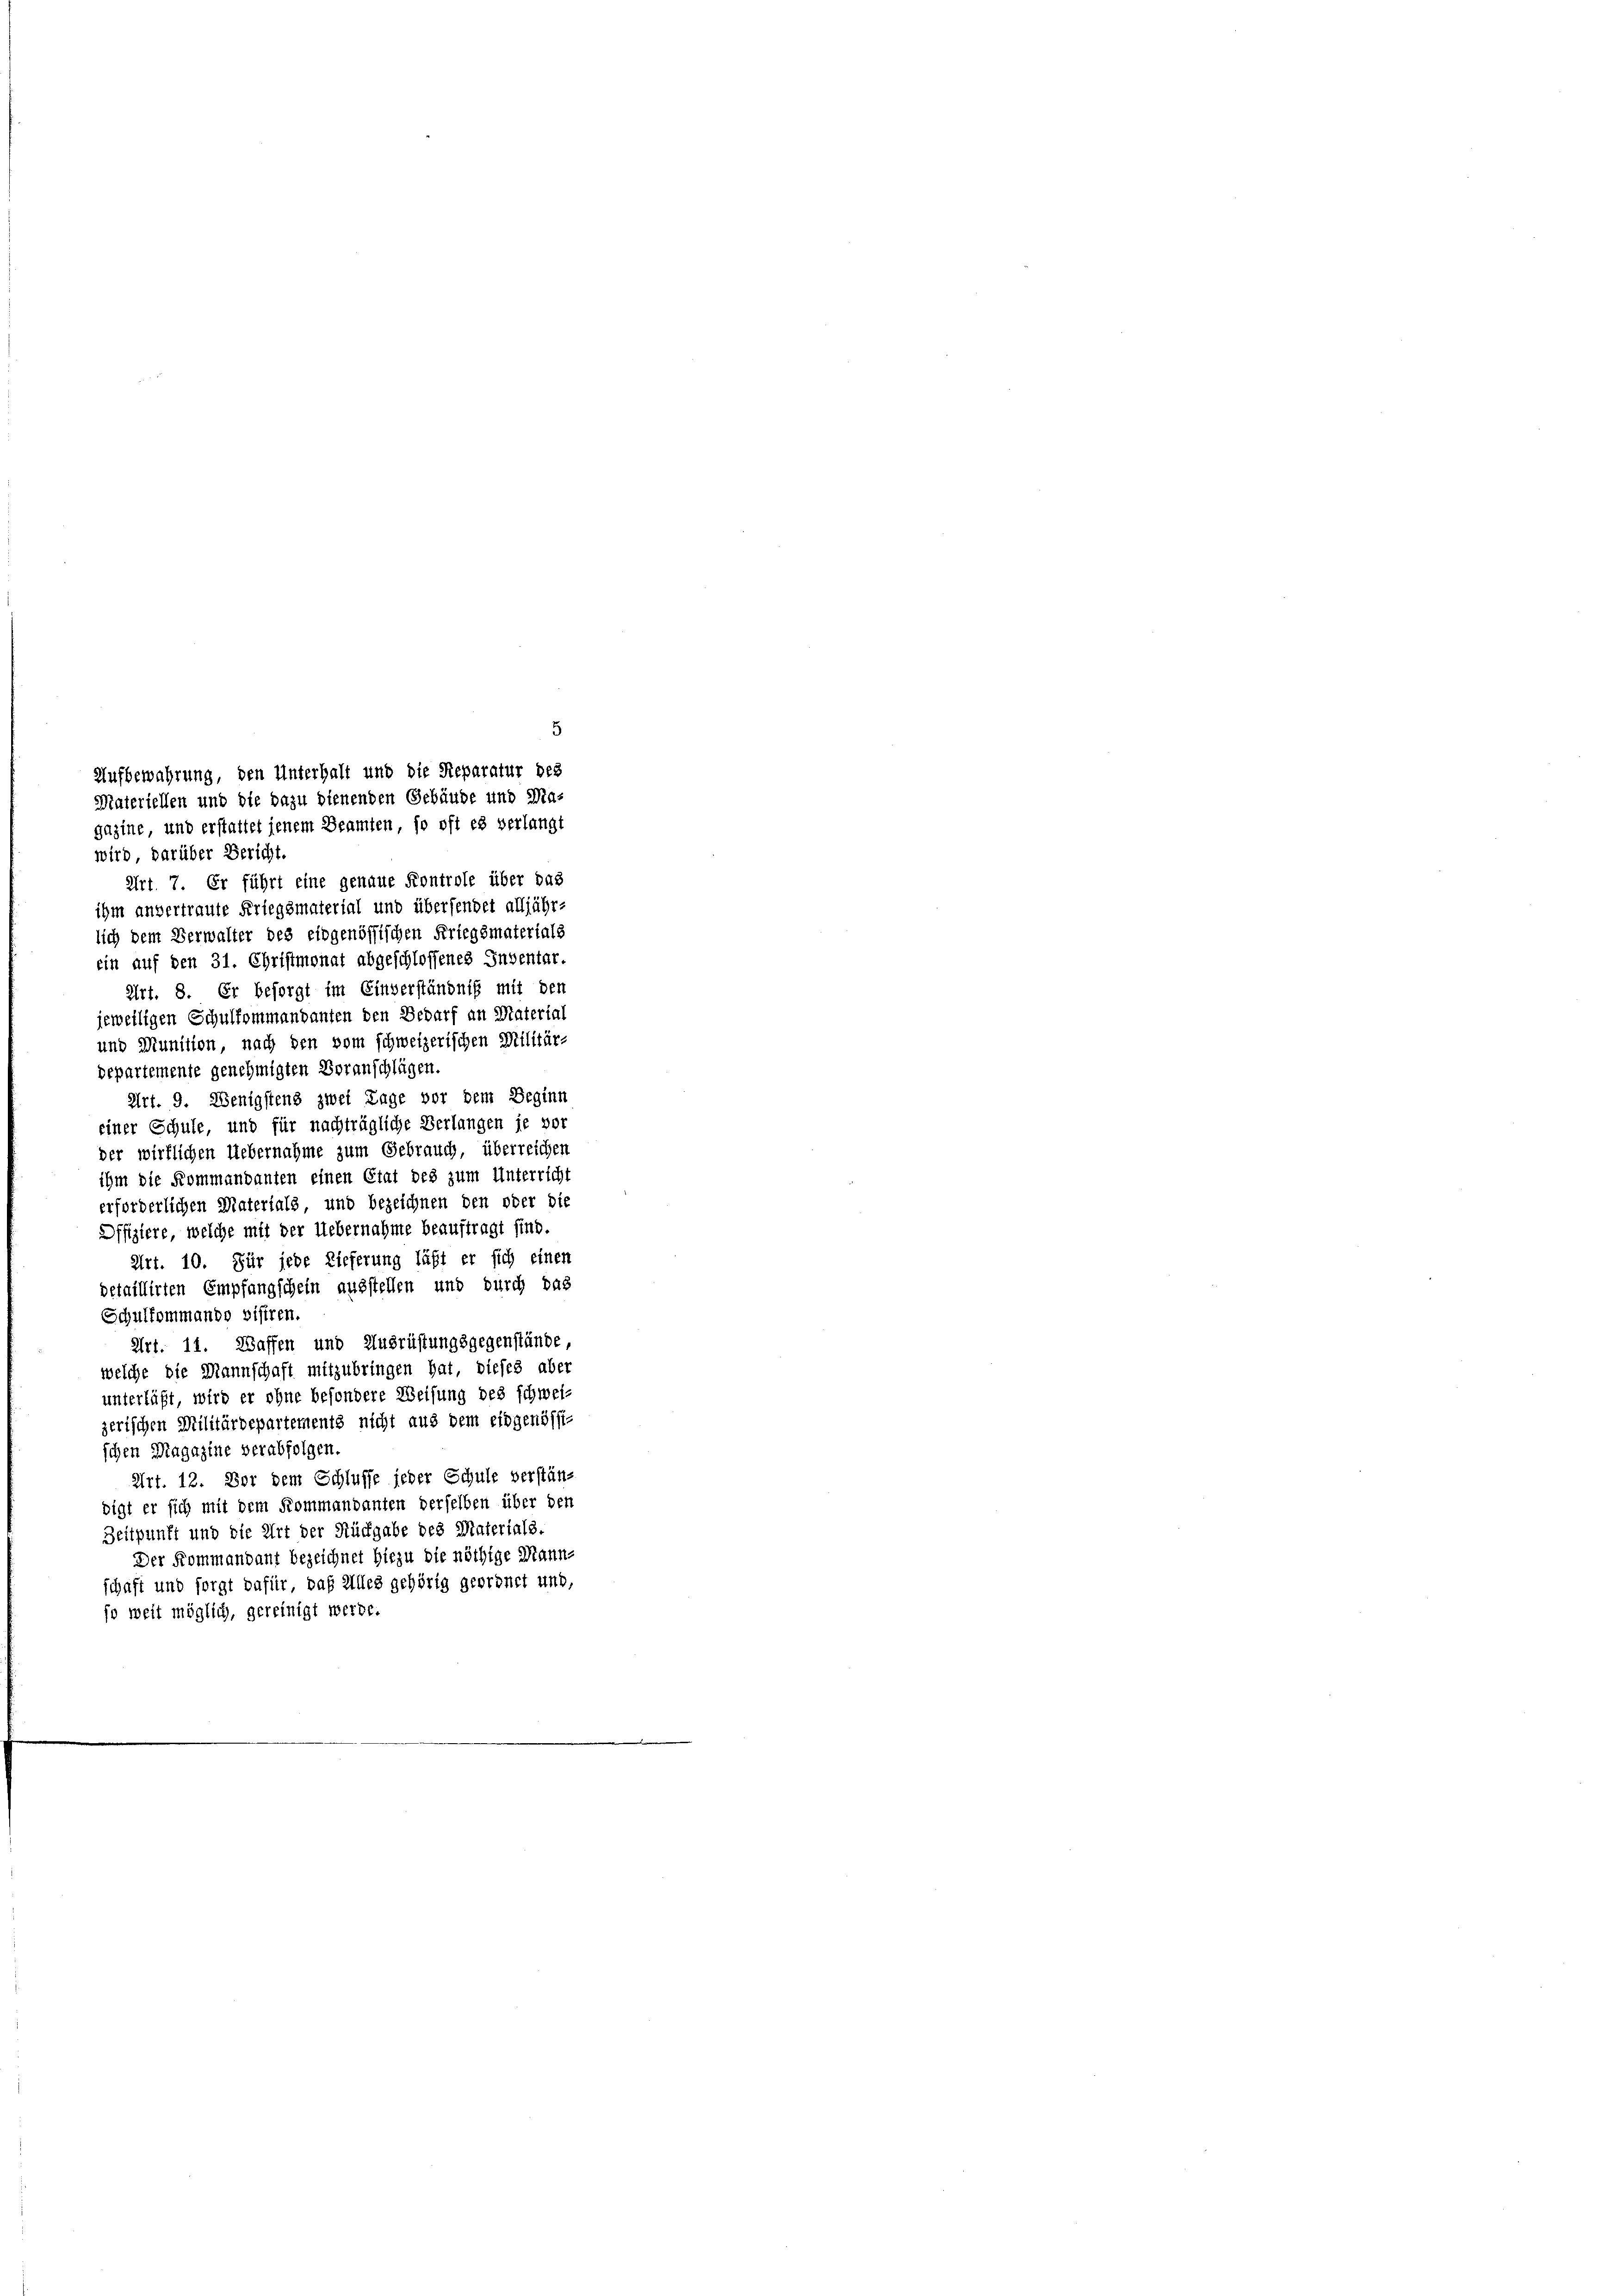
wird, darüber Bericht.
Art. 7. Er führt eine genaue Kontrole über das
ihm anvertraute Kriegsmaterial und übersendet alljähr-
lich dem Verwalter des eidgenössischen Kriegsmaterials
ein auf den 31. Christmonat abgeschlossenes Inventar.
Art. 8. Er besorgt im Einverständnis mit den
jeweiligen Schulfommandanten den Bedarf an Material
und Munition nach den vom schweizerischen Militär-
departemente genehmigten Voranschlügen.
Art. 9. Wenigstens zwei Tage vor dem Beginn
einer Schule, und für nachträgliche Verlangen je vor
der wirklichen Uebernahme zum Gebrauch, überreichen
ihm die Kommandanten einen Etat des zum Unterricht
erforderlichen Materials, und bezeichnen den oder die
Offiziere, welche mit der Uebernahme beauftragt sind.
Art. 10. Für jede Lieferung läßt er sich einen
detaillirten Empfangschein ausstellen und durch das
Schulkommando visiren.
Art. 11. Waffen und Ausrüstungsgegenstände
welche die Mannschaft mitzubringen hat, dieses aber
unterläßt, wird er ohne besondere Weisung des schwei-
zerischen Militärdepartements nicht aus dem eidgenössischen Magazine verabfolgen.
Art. 12. Vor dem Schlusse jeder Schule verstän-
digt er sich mit dem Kommandanten derselben über den
Zeitpunft und die Art der Rückgabe des Materials.
Der Kommandant bezeichnet hiezu die nöthige Manne
schaft und sorgt dafür, daß Alles gehörig geordnet und,
so weit möglich, gereinigt werde.

Aufbewahrung, den Unterhalt und die Reparatur des
Materiellen und die dazu dienenden Gebäude und Ma-
gazine und erstattet jenem Beamten, so oft es verlangt

5